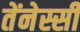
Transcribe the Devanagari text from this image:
तेंनेस्सी